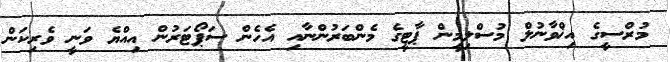
މުރްސީގެ އިޚްވާނުލް މުސްލިމީން ޕާޓީގެ މެންބަރުންނާއި އެހެން ސަޕޯޓަރުން އިއްޔެ ވަނީ ވެރިކަން